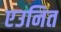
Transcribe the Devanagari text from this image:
एउनित